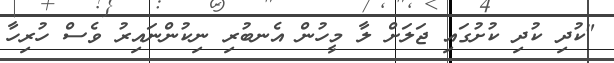
"ކުދި ކުދި ކުށުގައި ޖަލަށް ލާ މީހުން އެނބުރި ނިކުންނައިރު ވެސް ހުރިހާ